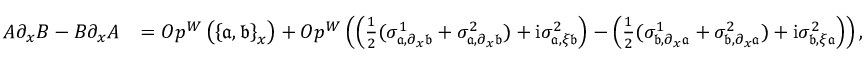
\begin{array} { r l } { A \partial _ { x } B - B \partial _ { x } A } & { = O p ^ { W } \left( \left\{ \mathfrak { a } , \mathfrak { b } \right\} _ { x } \right) + O p ^ { W } \left( \left( \frac { 1 } { 2 } ( \sigma _ { \mathfrak { a } , \partial _ { x } \mathfrak { b } } ^ { 1 } + \sigma _ { \mathfrak { a } , \partial _ { x } \mathfrak { b } } ^ { 2 } ) + \mathrm { i } \sigma _ { \mathfrak { a } , \xi \mathfrak { b } } ^ { 2 } \right) - \left( \frac { 1 } { 2 } ( \sigma _ { \mathfrak { b } , \partial _ { x } \mathfrak { a } } ^ { 1 } + \sigma _ { \mathfrak { b } , \partial _ { x } \mathfrak { a } } ^ { 2 } ) + \mathrm { i } \sigma _ { \mathfrak { b } , \xi \mathfrak { a } } ^ { 2 } \right) \right) , } \end{array}